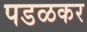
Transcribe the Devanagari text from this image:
पडळकर